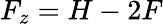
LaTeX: F_{z}=H-2F